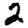
Digit: 2